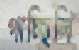
পাচ্ছিলি